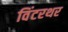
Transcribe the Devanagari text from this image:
विंटरथर